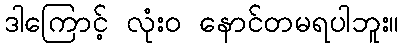
ဒါကြောင့် လုံးဝ နောင်တမရပါဘူး။